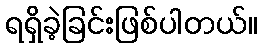
ရရှိခဲ့ခြင်းဖြစ်ပါတယ်။